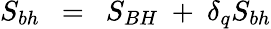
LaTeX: S_{bh}~~=~~S_{BH}~+~\delta_{q}S_{bh}